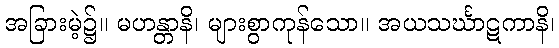
အခြားမဲ့၌။ မဟန္တာနိ၊ များစွာကုန်သော။ အယသင်္ဃာဋကာနိ၊